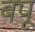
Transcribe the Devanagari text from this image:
बपू